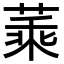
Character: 𦶝